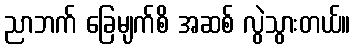
ညာဘက် ခြေမျက်စိ အဆစ် လွဲသွားတယ်။